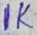
Text: 1K